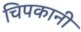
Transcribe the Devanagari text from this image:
चिपकानी